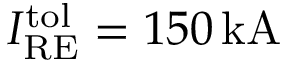
I _ { \mathrm { R E } } ^ { \mathrm { t o l } } = 1 5 0 \, \mathrm { k A }